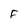
Character: F